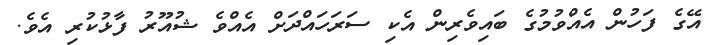
އޭގެ ފަހުން އެއްވުމުގެ ބައިވެރިން އެކި ސަރަހައްދަށް އެއްވެ ޝުއޫރު ފާޅުކުރި އެވެ.